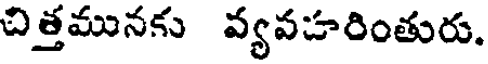
చిత్తమునకు వ్యవహరింతురు.